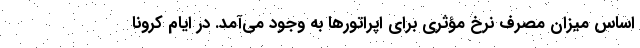
اساس میزان مصرف نرخ مؤثری برای اپراتورها به وجود می‌آمد. در ایام کرونا